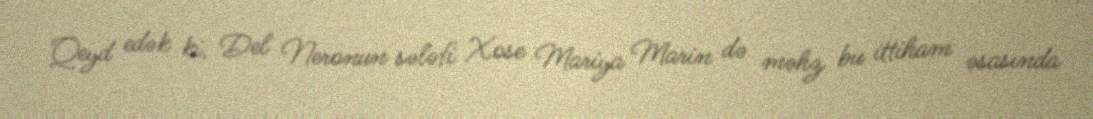
Qeyd edək ki, Del Neronun sələfi Xose Mariya Marin də məhz bu ittiham əsasında